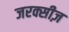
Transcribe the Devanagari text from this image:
जरक्सीज़